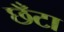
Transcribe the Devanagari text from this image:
छँटा